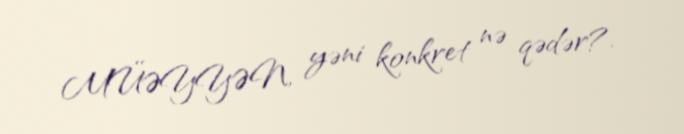
MÜƏYYƏN, yəni konkret nə qədər?.